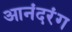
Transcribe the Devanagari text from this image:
आनंदरंग